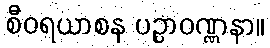
စီဝရယာစန ပဉ္ပာဝဏ္ဏနာ။